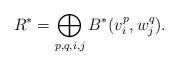
LaTeX: \begin{align*}R^*=\bigoplus_{p,q,i,j} B^*(v_i^p,w_j^q).\end{align*}